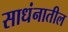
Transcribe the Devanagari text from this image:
साधंनातील